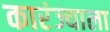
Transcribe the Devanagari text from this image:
कारंज्याला